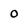
Character: 0